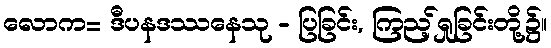
လောက= ဒီပနဒဿနေသု - ပြခြင်း, ကြည့်ရှုခြင်းတို့၌။